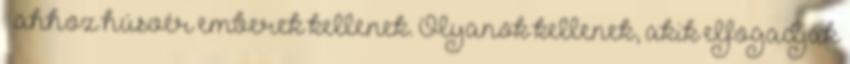
– ahhoz húsvér emberek kellenek. Olyanok kellenek, akik elfogadják